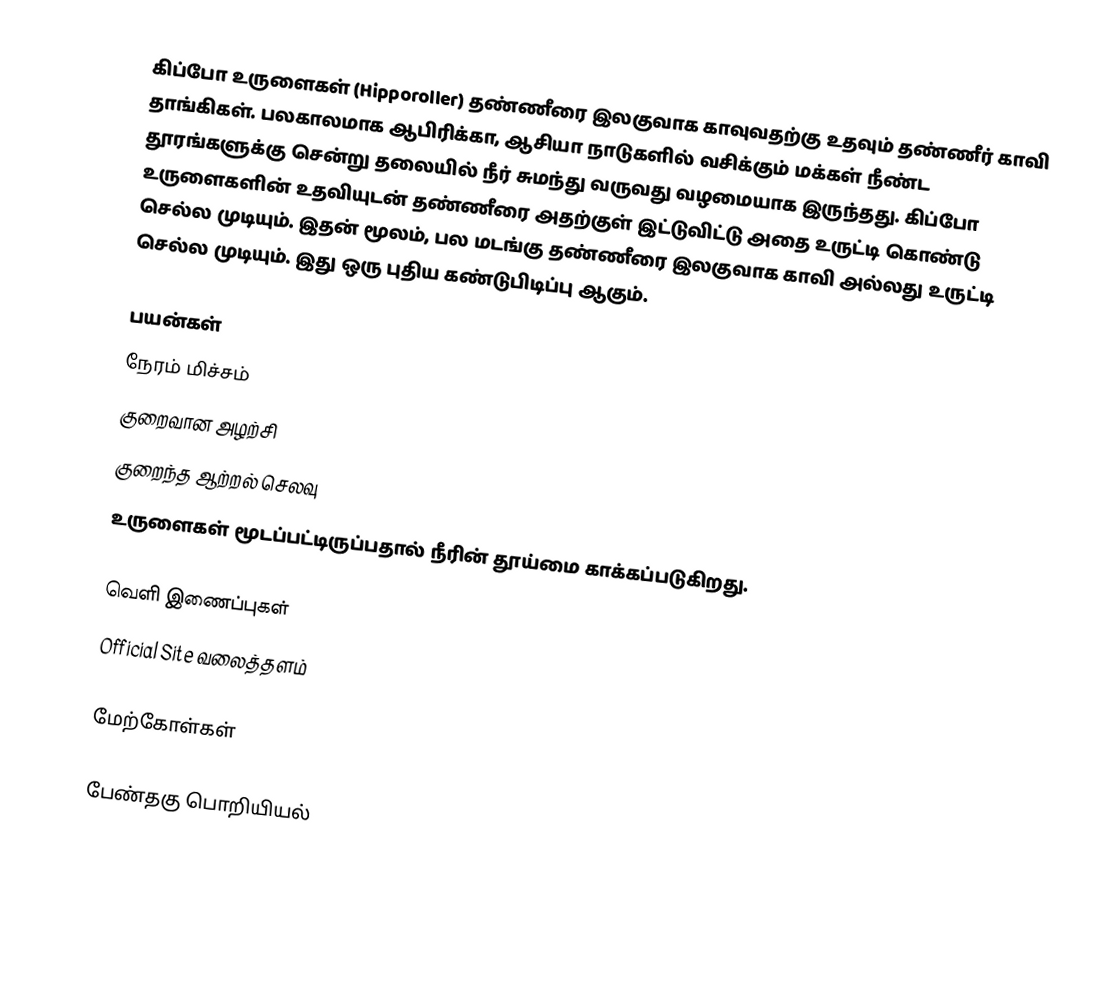
கிப்போ உருளைகள் (Hipporoller) தண்ணீரை இலகுவாக காவுவதற்கு உதவும் தண்ணீர் காவி தாங்கிகள். பலகாலமாக ஆபிரிக்கா, ஆசியா நாடுகளில் வசிக்கும் மக்கள் நீண்ட தூரங்களுக்கு சென்று தலையில் நீர் சுமந்து வருவது வழமையாக இருந்தது. கிப்போ உருளைகளின் உதவியுடன் தண்ணீரை அதற்குள் இட்டுவிட்டு அதை உருட்டி கொண்டு செல்ல முடியும். இதன் மூலம், பல மடங்கு தண்ணீரை இலகுவாக காவி அல்லது உருட்டி செல்ல முடியும். இது ஒரு புதிய கண்டுபிடிப்பு ஆகும்.

பயன்கள்
 நேரம் மிச்சம்
 குறைவான அழற்சி
 குறைந்த ஆற்றல் செலவு
 உருளைகள் மூடப்பட்டிருப்பதால் நீரின் தூய்மை காக்கப்படுகிறது.

வெளி இணைப்புகள்
 Official Site வலைத்தளம்

மேற்கோள்கள்

பேண்தகு பொறியியல்